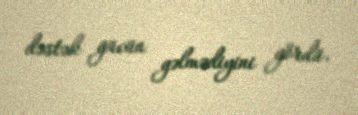
dəstək gücün gəlmədiyini gördü.